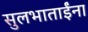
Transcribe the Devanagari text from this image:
सुलभाताईंना